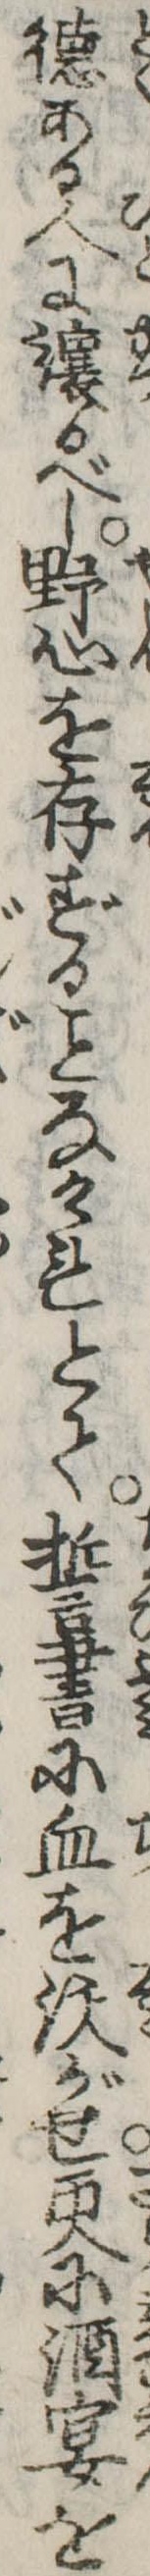
徳ある人に譲るべし野心を存ずるなかれとて誓書に血を沃がせ更に酒宴を